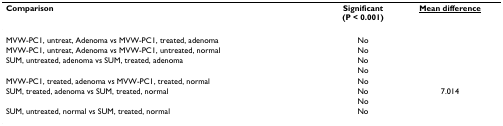
<table><thead><tr><td><b>Comparison</b></td><td><b>Significant(P &lt; 0.001)</b></td><td><b><underline>Mean difference</underline></b></td></tr></thead><tbody><tr><td>MVW-PC1, untreat, Adenoma vs MVW-PC1, treated, adenoma</td><td>No</td><td>[EMPTY_CELL]</td></tr><tr><td>MVW-PC1, untreat, Adenoma vs MVW-PC1, untreated, normal</td><td>No</td><td>[EMPTY_CELL]</td></tr><tr><td>SUM, untreated, adenoma vs SUM, treated, adenoma</td><td>No</td><td>[EMPTY_CELL]</td></tr><tr><td>[EMPTY_CELL]</td><td>No</td><td>[EMPTY_CELL]</td></tr><tr><td>MVW-PC1, treated, adenoma vs MVW-PC1, treated, normal</td><td>No</td><td>[EMPTY_CELL]</td></tr><tr><td>SUM, treated, adenoma vs SUM, treated, normal</td><td>No</td><td>7.014</td></tr><tr><td>[EMPTY_CELL]</td><td>No</td><td>[EMPTY_CELL]</td></tr><tr><td>SUM, untreated, normal vs SUM, treated, normal</td><td>No</td><td>[EMPTY_CELL]</td></tr></tbody></table>